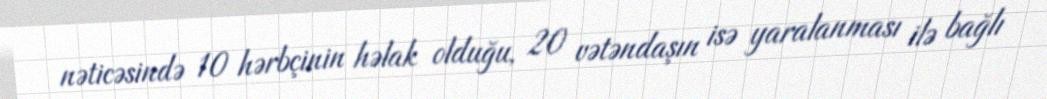
nəticəsində 10 hərbçinin həlak olduğu, 20 vətəndaşın isə yaralanması ilə bağlı